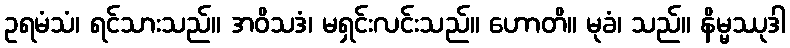
ဥရမံသံ၊ ရင်သားသည်။ အဝိသဒံ၊ မရှင်းလင်းသည်။ ဟောတိ။ မုခံ၊ သည်။ နိမ္မဿုဒါ